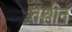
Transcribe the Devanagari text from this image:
तश्लीन